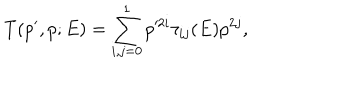
T ( p ^ { \prime } , p ; E ) = \sum _ { i , j = 0 } ^ { 1 } p ^ { 2 i } \tau _ { i j } ( E ) p ^ { 2 j } ,